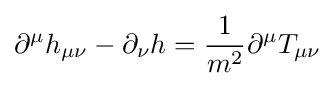
\partial ^{\mu }h_{\mu \nu }-\partial _{\nu }h={\frac {1}{m^{2}}}\partial ^{\mu }T_{\mu \nu }